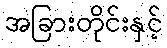
အခြားတိုင်းနှင့်